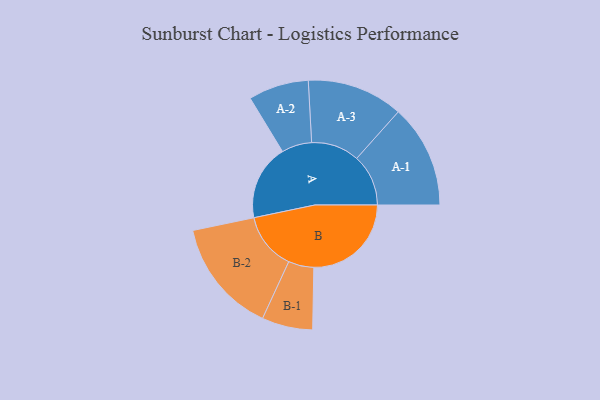
{"axis": {"x": "Segment", "y": "Value"}, "legend": ["", "A", "B"], "data": [{"x": "A", "y": 380, "type": ""}, {"x": "B", "y": 491, "type": ""}, {"x": "A-1", "y": 260, "type": "A"}, {"x": "A-2", "y": 152, "type": "A"}, {"x": "A-3", "y": 242, "type": "A"}, {"x": "B-1", "y": 128, "type": "B"}, {"x": "B-2", "y": 288, "type": "B"}]}